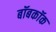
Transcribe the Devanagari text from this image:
बॉबकॉक